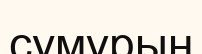
сумұрын